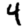
Digit: 4